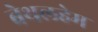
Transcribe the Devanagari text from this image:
बेथलहेम